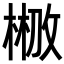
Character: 𣗣